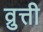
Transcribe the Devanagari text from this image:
व्रुत्ती